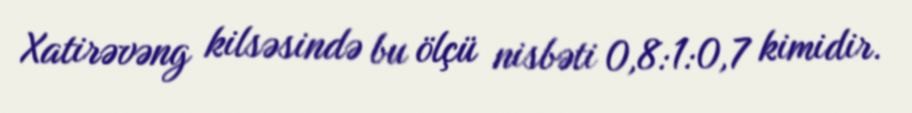
Xatirəvəng kilsəsində bu ölçü nisbəti 0,8:1:0,7 kimidir.